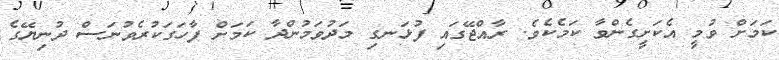
ކަމަށް ވުމީ އެކަށީގެންވާ ކަމެކެވެ. ރާއްޖޭގައި ފުޅަނގި މަދުވަމުންދާ ކަމަށް ފާހަގަކުރެވުނަސް ދުނިޔޭގެ